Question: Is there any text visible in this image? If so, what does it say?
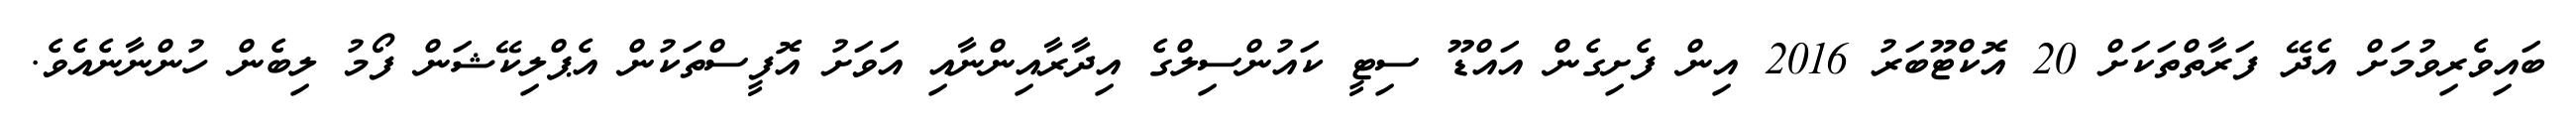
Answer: ބައިވެރިވުމަށް އެދޭ ފަރާތްތަކަށް 20 އޮކްޓޫބަރު 2016 އިން ފެށިގެން އައްޑޫ ސިޓީ ކައުންސިލްގެ އިދާރާއިންނާއި އަވަށު އޮފީސްތަކުން އެޕްލިކޭޝަން ފޯމު ލިބެން ހުންނާނެއެވެ.